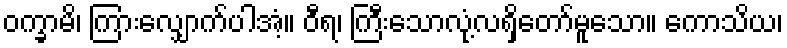
ဝက္ခာမိ၊ ကြားလျှောက်ပါအံ့။ ဝီရ၊ ကြီးသောလုံ့လရှိတော်မူသော။ ကောသိယ၊